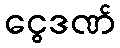
ငွေဒဏ်